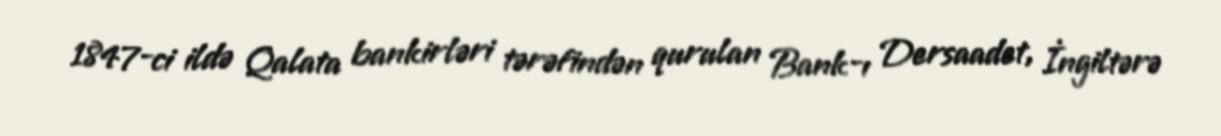
1847-ci ildə Qalata bankirləri tərəfindən qurulan Bank-ı Dersaadet, İngiltərə